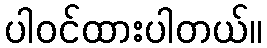
ပါဝင်ထားပါတယ်။